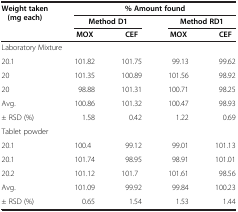
| Weight taken (mg each) | <COLSPAN=4> % Amount found |
 |  | <COLSPAN=2> Method D1 | <COLSPAN=2> Method RD1 |
 |  | MOX | CEF | MOX | CEF |
 | --- | --- | --- | --- | --- |
 | <COLSPAN=5> Laboratory Mixture |
 | 20.1 | 101.82 | 101.75 | 99.13 | 99.62 |
 | 20 | 101.35 | 100.89 | 101.56 | 98.92 |
 | 20 | 98.88 | 101.31 | 100.71 | 98.25 |
 | Avg. | 100.86 | 101.32 | 100.47 | 98.93 |
 | ± RSD (%) | 1.58 | 0.42 | 1.22 | 0.69 |
 | <COLSPAN=5> Tablet powder |
 | 20.1 | 100.4 | 99.12 | 99.01 | 101.13 |
 | 20.1 | 101.74 | 98.95 | 98.91 | 101.01 |
 | 20.2 | 101.12 | 101.7 | 101.61 | 98.56 |
 | Avg. | 101.09 | 99.92 | 99.84 | 100.23 |
 | ± RSD (%) | 0.65 | 1.54 | 1.53 | 1.44 |